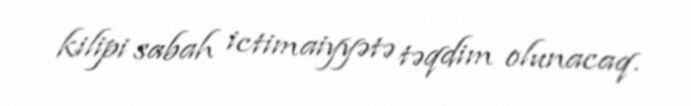
kilipi sabah ictimaiyyətə təqdim olunacaq.